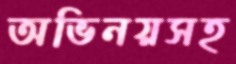
অভিনয়সহ